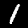
Label: 1